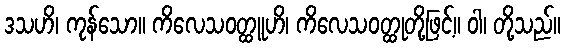
ဒသဟိ၊ ကုန်သော။ ကိလေသဝတ္ထူဟိ၊ ကိလေသဝတ္ထုတို့ဖြင့်။ ဝါ၊ တို့သည်။